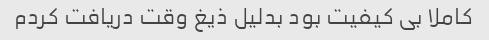
کاملا بی کیفیت بود بدلیل ذیغ وقت دریافت کردم